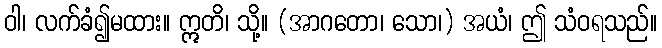
ဝါ၊ လက်ခံ၍မထား။ ဣတိ၊ သို့။ (အာဂတော၊ သော၊) အယံ၊ ဤ သံဝရသည်။